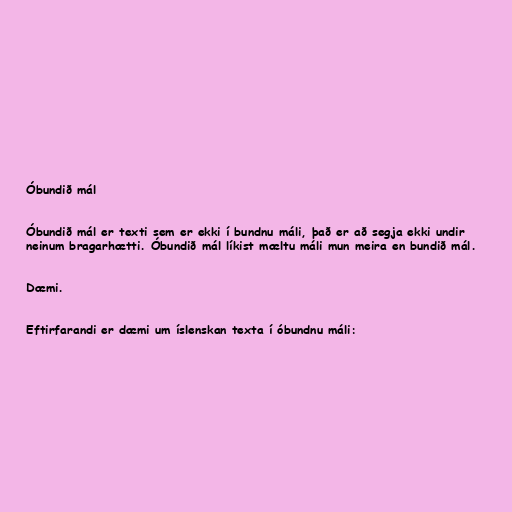
Óbundið mál

Óbundið mál er texti sem er ekki í bundnu máli, það er að segja ekki undir
neinum bragarhætti. Óbundið mál líkist mæltu máli mun meira en bundið mál.

Dæmi.

Eftirfarandi er dæmi um íslenskan texta í óbundnu máli: